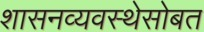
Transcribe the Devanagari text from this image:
शासनव्यवस्थेसोबत